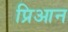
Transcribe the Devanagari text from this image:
प्रिआन